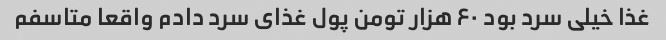
غذا خیلی سرد بود ۶۰ هزار تومن پول غذای سرد دادم واقعا متاسفم